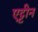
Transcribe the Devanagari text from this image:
एट्टीन